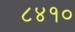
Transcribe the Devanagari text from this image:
८४१०